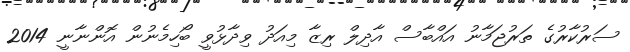
ސަރުކާރުގެ ތަރުޖަމާނު އައްބާސް އާދިލް ރިޒާ މިއަދު ވިދާޅުވީ ބޯހިމެނުން އޮންނާނީ 2014